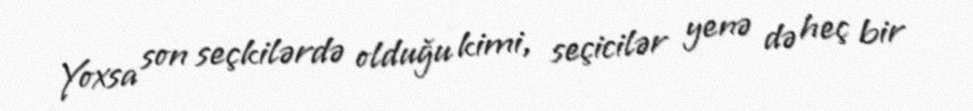
Yoxsa son seçkilərdə olduğu kimi, seçicilər yenə də heç bir